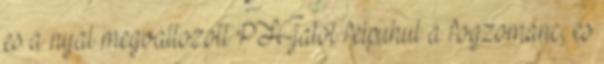
es a nyal megvaltozott PH-jatol felpuhul a fogzomanc, es